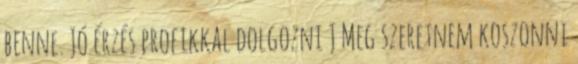
benne. Jó érzés profikkal dolgozni J Meg szeretnem koszonni